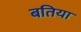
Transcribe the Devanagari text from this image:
बतिया